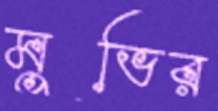
মুভির